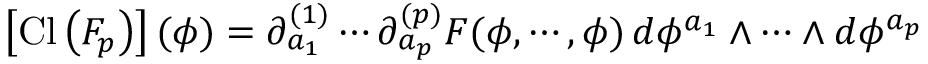
\left[ \mathrm { C l } \left( F _ { p } \right) \right] ( \phi ) = \partial _ { a _ { 1 } } ^ { ( 1 ) } \cdots \partial _ { a _ { p } } ^ { ( p ) } F ( \phi , \cdots , \phi ) \, d \phi ^ { a _ { 1 } } \wedge \cdots \wedge d \phi ^ { a _ { p } }